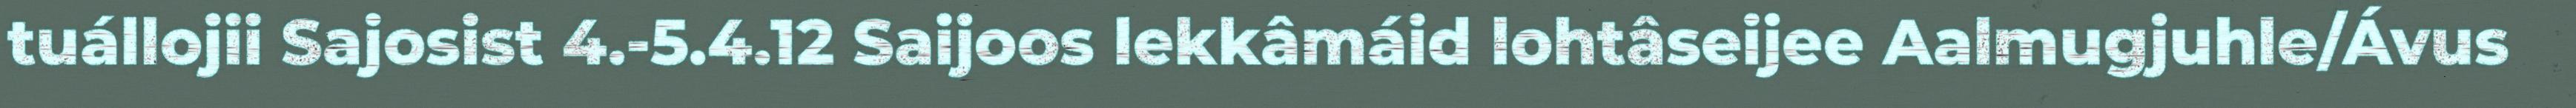
tuállojii Sajosist 4.-5.4.12 Saijoos lekkâmáid lohtâseijee Aalmugjuhle/Ávus